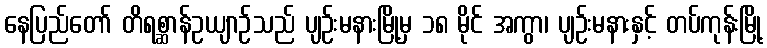
နေပြည်တော် တိရစ္ဆာန်ဥယျာဉ်သည် ပျဉ်းမနားမြို့မှ ၁၈ မိုင် အကွာ၊ ပျဉ်းမနားနှင့် တပ်ကုန်းမြို့